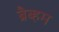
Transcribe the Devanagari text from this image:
ब्रैब्हम